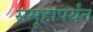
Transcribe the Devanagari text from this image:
समूहापर्यंत